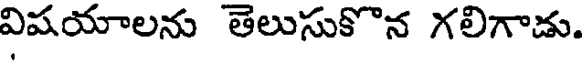
విషయాలను తెలుసుకొన గలిగాడు.